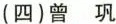
(四)曾 巩